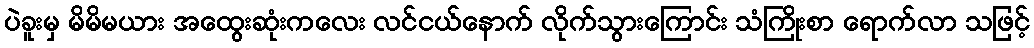
ပဲခူးမှ မိမိမယား အထွေးဆုံးကလေး လင်ငယ်နောက် လိုက်သွားကြောင်း သံကြိုးစာ ရောက်လာ သဖြင့်